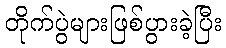
တိုက်ပွဲများဖြစ်ပွားခဲ့ပြီး